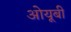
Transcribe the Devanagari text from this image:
ओयूबी